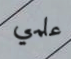
علمي